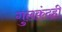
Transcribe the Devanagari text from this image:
गुलकंदही